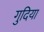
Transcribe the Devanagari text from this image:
गुदिया